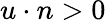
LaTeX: u\cdot n>0